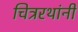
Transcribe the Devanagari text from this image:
चित्ररथांनी